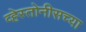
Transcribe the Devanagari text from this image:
व्हेस्तोनीसच्या